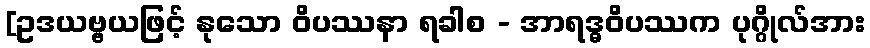
[ဥဒယဗ္ဗယဖြင့် နုသော ဝိပဿနာ ရခါစ - အာရဒ္ဓဝိပဿက ပုဂ္ဂိုလ်အား